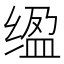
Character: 𫄮